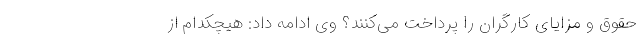
حقوق و مزایای کارگران را پرداخت می‌کنند؟ وی ادامه داد: هیچکدام از